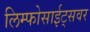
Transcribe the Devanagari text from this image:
लिम्फोसाईट्सवर